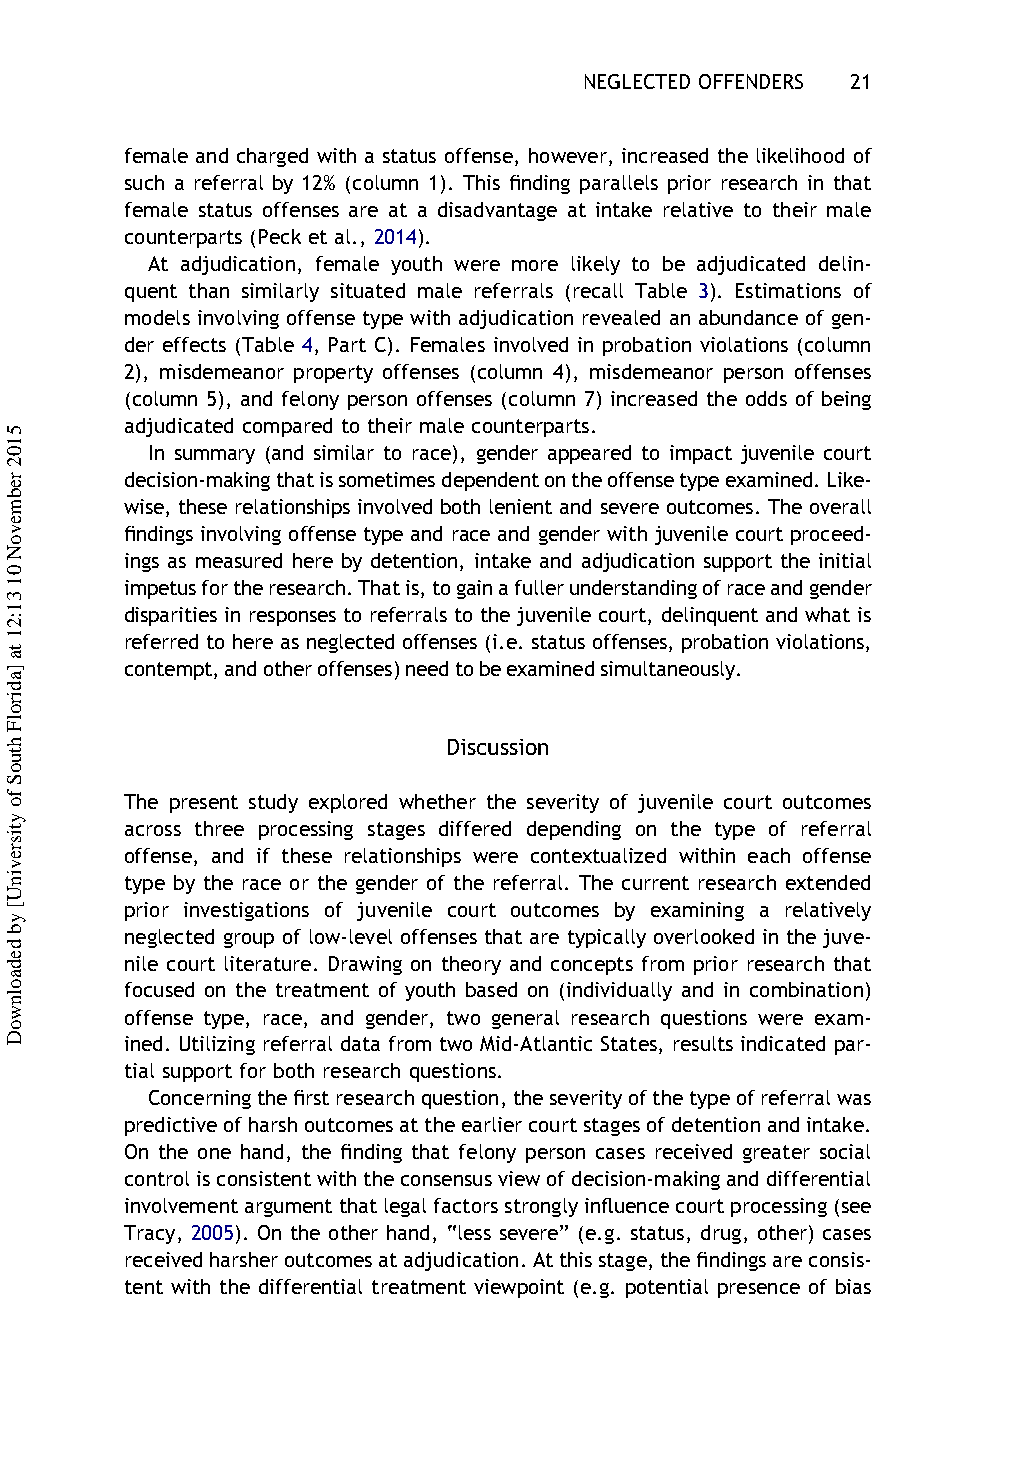
NEGLECTED OFFENDERS 21
 female and charged with a status offense, however, increased the likelihood of
 such a referral by 12% (column 1). This finding parallels prior research in that
 female status offenses are at a disadvantage at intake relative to their male
 counterparts (Peck et al., 2014).
 At adjudication, female youth were more likely to be adjudicated delin-
 quent than similarly situated male referrals (recall Table 3). Estimations of
 models involving offense type with adjudication revealed an abundance of gen-
 der effects (Table 4, Part C). Females involved in probation violations (column
 2), misdemeanor property offenses (column 4), misdemeanor person offenses
 (column 5), and felony person offenses (column 7) increased the odds of being
 adjudicated compared to their male counterparts.
 In summary (and similar to race), gender appeared to impact juvenile court
 decision-makingthatissometimesdependentontheoffensetypeexamined.Like-
 wise, these relationships involved both lenient and severe outcomes. The overall
 findings involving offense type and race and gender with juvenile court proceed-
 ings as measured here by detention, intake and adjudication support the initial
 impetusfortheresearch.Thatis,togainafullerunderstandingofraceandgender
 disparities in responses to referrals to the juvenile court, delinquent and what is
 referred to here as neglected offenses (i.e. status offenses, probation violations,
 contempt,andotheroffenses)needtobeexaminedsimultaneously.
 Discussion
 The present study explored whether the severity of juvenile court outcomes
 across three processing stages differed depending on the type of referral
 offense, and if these relationships were contextualized within each offense
 type by the race or the gender of the referral. The current research extended
 prior investigations of juvenile court outcomes by examining a relatively
 neglected group of low-level offenses that are typically overlooked in the juve-
 nile court literature. Drawing on theory and concepts from prior research that
 focused on the treatment of youth based on (individually and in combination)
 offense type, race, and gender, two general research questions were exam-
 ined. Utilizing referral data from two Mid-Atlantic States, results indicated par-
 tial support for both research questions.
 Concerningthefirstresearchquestion,theseverityofthetypeofreferralwas
 predictiveofharshoutcomesattheearliercourtstagesofdetentionandintake.
 On the one hand, the finding that felony person cases received greater social
 controlisconsistentwiththeconsensusviewofdecision-makinganddifferential
 involvementargumentthatlegalfactorsstronglyinfluencecourtprocessing(see
 Tracy, 2005). On the other hand, “less severe” (e.g. status, drug, other) cases
 receivedharsheroutcomesatadjudication.Atthisstage,thefindingsareconsis-
 tent with the differential treatment viewpoint (e.g. potential presence of bias
 5102
 rebmevoN
 01
 31:21
 ta
 ]adirolF
 htuoS
 fo
 ytisrevinU[
 yb
 dedaolnwoD